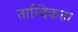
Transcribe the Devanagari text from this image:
तात्त्विकता